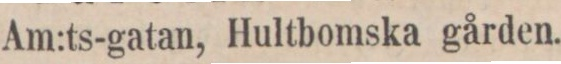
Am:ts-gatan, Hultbomska gården.